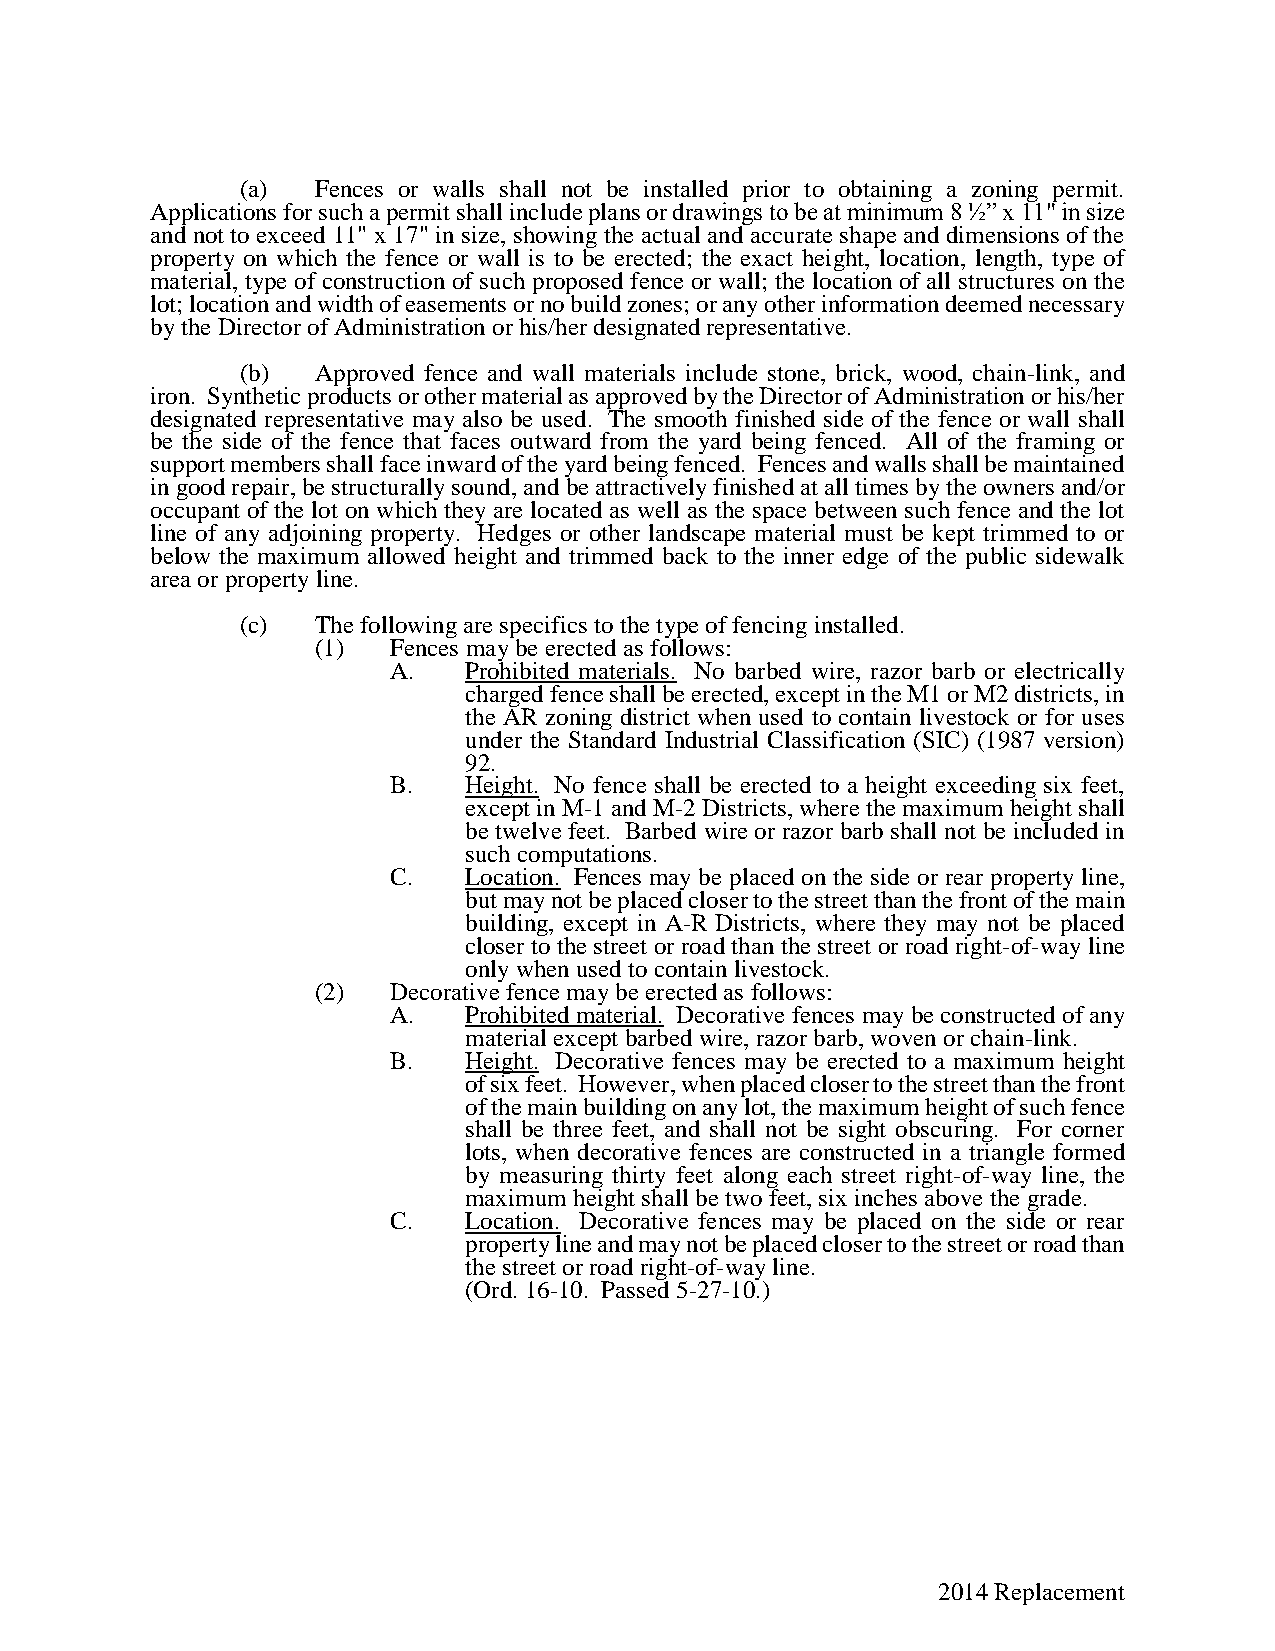
(a)  Fences or walls shall not be installed prior to obtaining a zoning permit.
 Applications for such a permit shall include plans or drawings to be at minimum 8 ½” x 11" in size
 and not to exceed 11" x 17" in size, showing the actual and accurate shape and dimensions of the
 property on which the fence or wall is to be erected; the exact height, location, length, type of
 material, type of construction of such proposed fence or wall; the location of all structures on the
 lot; location and width of easements or no build zones; or any other information deemed necessary
 by the Director of Administration or his/her designated representative.
 (b)  Approved fence and wall materials include stone, brick, wood, chain-link, and
 iron. Synthetic products or other material as approved by the Director of Administration or his/her
 designated representative may also be used. The smooth finished side of the fence or wall shall
 be the side of the fence that faces outward from the yard being fenced. All of the framing or
 support members shall face inward of the yard being fenced. Fences and walls shall be maintained
 in good repair, be structurally sound, and be attractively finished at all times by the owners and/or
 occupant of the lot on which they are located as well as the space between such fence and the lot
 line of any adjoining property. Hedges or other landscape material must be kept trimmed to or
 below the maximum allowed height and trimmed back to the inner edge of the public sidewalk
 area or property line.
 (c)  The following are specifics to the type of fencing installed.
 (1)  Fences may be erected as follows:
 A.   Prohibited materials. No barbed wire, razor barb or electrically
 charged fence shall be erected, except in the M1 or M2 districts, in
 the AR zoning district when used to contain livestock or for uses
 under the Standard Industrial Classification (SIC) (1987 version)
 92.
 B.   Height. No fence shall be erected to a height exceeding six feet,
 except in M-1 and M-2 Districts, where the maximum height shall
 be twelve feet. Barbed wire or razor barb shall not be included in
 such computations.
 C.   Location. Fences may be placed on the side or rear property line,
 but may not be placed closer to the street than the front of the main
 building, except in A-R Districts, where they may not be placed
 closer to the street or road than the street or road right-of-way line
 only when used to contain livestock.
 (2)  Decorative fence may be erected as follows:
 A.   Prohibited material. Decorative fences may be constructed of any
 material except barbed wire, razor barb, woven or chain-link.
 B.   Height. Decorative fences may be erected to a maximum height
 of six feet. However, when placed closer to the street than the front
 of the main building on any lot, the maximum height of such fence
 shall be three feet, and shall not be sight obscuring. For corner
 lots, when decorative fences are constructed in a triangle formed
 by measuring thirty feet along each street right-of-way line, the
 maximum height shall be two feet, six inches above the grade.
 C.   Location. Decorative fences may be placed on the side or rear
 property line and may not be placed closer to the street or road than
 the street or road right-of-way line.
 (Ord. 16-10. Passed 5-27-10.)
 2014 Replacement